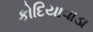
કોદિયાવાડા